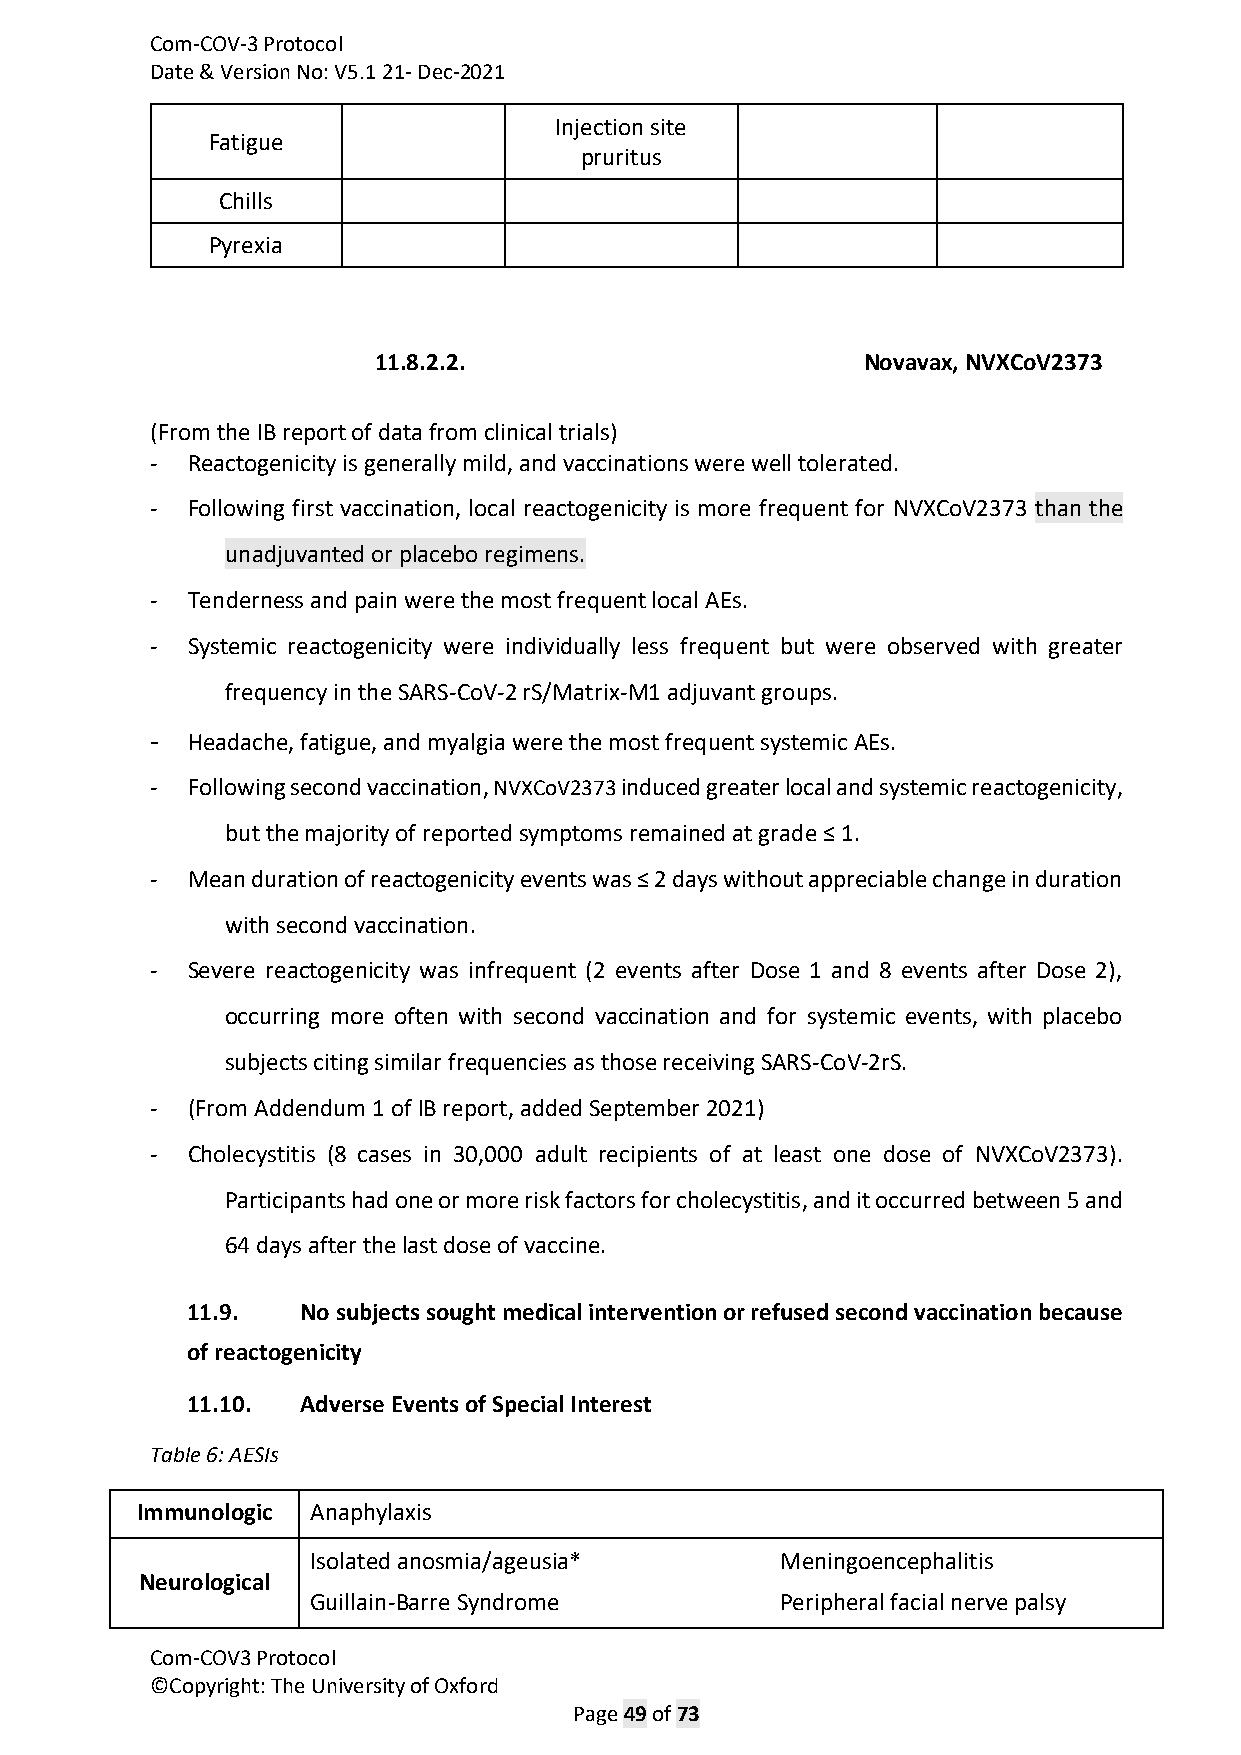
Com-COV-3 Protocol
 Date & Version No: V5.1 21- Dec-2021
 Injection site
 Fatigue
 pruritus
 Chills
 Pyrexia
 11.8.2.2.                       Novavax, NVXCoV2373
 (From the IB report of data from clinical trials)
 - Reactogenicity is generally mild, and vaccinations were well tolerated.
 - Following first vaccination, local reactogenicity is more frequent for NVXCoV2373 than the
 unadjuvanted or placebo regimens.
 - Tenderness and pain were the most frequent local AEs.
 - Systemic reactogenicity were individually less frequent but were observed with greater
 frequency in the SARS-CoV-2 rS/Matrix-M1 adjuvant groups.
 - Headache, fatigue, and myalgia were the most frequent systemic AEs.
 - Following second vaccination, NVXCoV2373 induced greater local and systemic reactogenicity,
 but the majority of reported symptoms remained at grade ≤ 1.
 - Mean duration of reactogenicity events was ≤ 2 days without appreciable change in duration
 with second vaccination.
 - Severe reactogenicity was infrequent (2 events after Dose 1 and 8 events after Dose 2),
 occurring more often with second vaccination and for systemic events, with placebo
 subjects citing similar frequencies as those receiving SARS-CoV-2rS.
 - (From Addendum 1 of IB report, added September 2021)
 - Cholecystitis (8 cases in 30,000 adult recipients of at least one dose of NVXCoV2373).
 Participants had one or more risk factors for cholecystitis, and it occurred between 5 and
 64 days after the last dose of vaccine.
 11.9.   No subjects sought medical intervention or refused second vaccination because
 of reactogenicity
 11.10.  Adverse Events of Special Interest
 Table 6: AESIs
 Immunologic Anaphylaxis
 Isolated anosmia/ageusia*      Meningoencephalitis
 Neurological
 Guillain-Barre Syndrome        Peripheral facial nerve palsy
 Com-COV3 Protocol
 ©Copyright: The University of Oxford
 Page 49 of 73